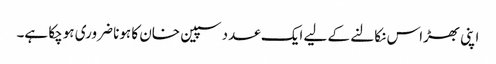
اپنی بھڑاس نکالنے کے لیے ایک عدد سپین خان کا ہونا ضروری ہوچکا ہے۔